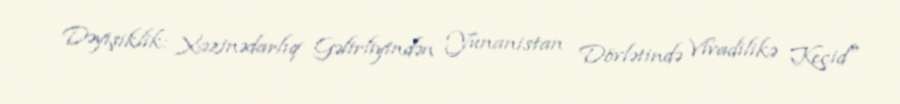
Dəyişiklik: Xəzinədarlıq Gəlirliyindən Yunanistan Dövlətində Vivadilikə Keçid"